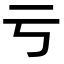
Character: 亏